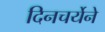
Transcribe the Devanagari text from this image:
दिनचर्येने